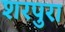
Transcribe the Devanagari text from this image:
शरपुरा